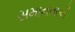
સમાનતાએઁ